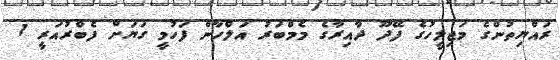
ރައްޔިތުންގެ މަޖިލީހުގެ ފޭދޫ ދާއިރާގެ މެމްބަރު އަލްހާން ފަހުމީ ގަޔަށް ފެބްރުއަރީ 1